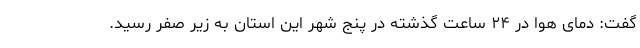
گفت: دمای هوا در ۲۴ ساعت گذشته در پنج شهر این استان به زیر صفر رسید.